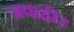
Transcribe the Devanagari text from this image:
जवाहीर